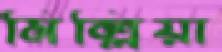
মিল্লিয়া